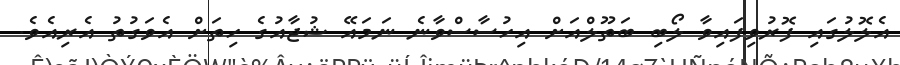
އެލޮލުގައި ފޮރުވިފައިވާ ލޯބި ބަތޫލްއަށް އިހުސާސްވާނެ ނަމައޭ ޝުޖާއުގެ ހިތަށް އެވަގުތު އެރިއެވެ.